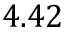
4 . 4 2